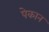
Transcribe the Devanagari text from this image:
पेकान